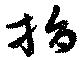
捐